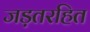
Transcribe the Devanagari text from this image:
जड़तरहित